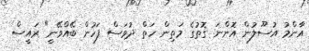
އާންމު އުސޫލުން އޮންނަ ގޮތުގެ މަތިން ހަތް ދުވަސް ފަހުން ބޭއްވޭނީ" ރައީސް